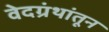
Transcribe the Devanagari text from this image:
वेदग्रंथांतून